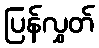
ပြန်လွှတ်